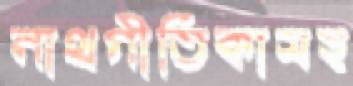
নাথগীতিকাসহ